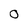
Character: 0